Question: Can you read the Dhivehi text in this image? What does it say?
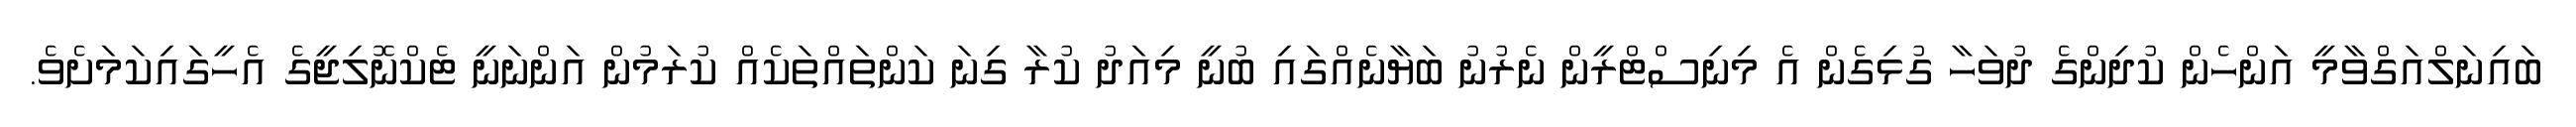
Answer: ބައިނަލްއަގްވާމީ އަންހެން ކުދިންގެ ދުވަހާ ގުޅިގެން އެ މިނިސްޓްރީން ނެރުނު ބަޔާނެއްގައި ބުނީ މިއަދު ކުރާ ގިނަ ކަންތައްތަކެއް ކުރަމުން އަންނަނީ ޓެކްނޮލިޖީގެ އެހީގައިކަމަށެވެ.